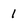
Character: 1